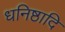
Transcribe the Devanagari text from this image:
धनिष्ठादि